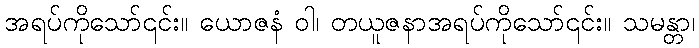
အရပ်ကိုသော်၎င်း။ ယောဇနံ ဝါ၊ တယူဇနာအရပ်ကိုသော်၎င်း။ သမန္တာ၊